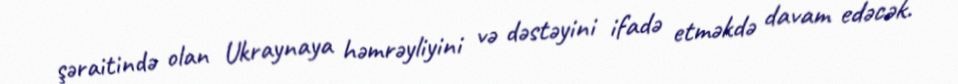
şəraitində olan Ukraynaya həmrəyliyini və dəstəyini ifadə etməkdə davam edəcək.